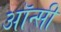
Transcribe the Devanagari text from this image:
ऑन्सी